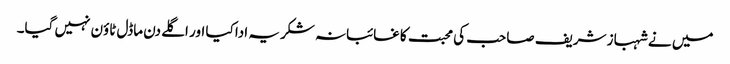
میں نے شہباز شریف صاحب کی محبت کا غائبانہ شکریہ ادا کیا اور اگلے دن ماڈل ٹاؤن نہیں گیا۔